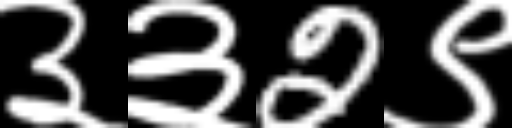
Text: ३३2९